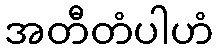
အတီတံပါဟံ